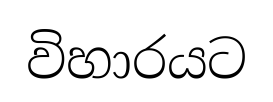
විහාරයට